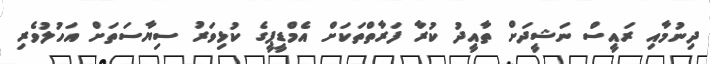
ދިނުމާއި ރައީސް ނަޝީދަށް ތާއީދު ކުރާ ފަރާތްތަކަށް އެމްޑީޕީގެ ކުޅިވަރު ސިޔާސަތަށް އަހުލުވެރި